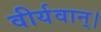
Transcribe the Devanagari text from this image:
वीर्यवान्।